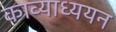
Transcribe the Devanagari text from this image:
काव्याध्ययन